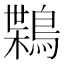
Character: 𪃸